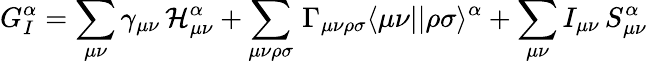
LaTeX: G_{I}^{\alpha}=\sum_{\mu\nu}\gamma_{\mu\nu}\, \mathcal{H}_{\mu\nu}^{\alpha}+\sum_{\mu\nu\rho\sigma}\, \Gamma_{\mu\nu\rho\sigma}\langle\mu\nu||\rho\sigma\rangle^{\alpha}+\sum_{\mu\nu}I_{\mu\nu}\, S_{\mu\nu}^{\alpha}